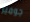
جوميز